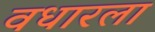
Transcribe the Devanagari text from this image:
वधारला